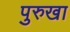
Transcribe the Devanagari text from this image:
पुरुखा